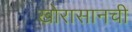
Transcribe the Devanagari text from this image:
खोरासानची